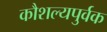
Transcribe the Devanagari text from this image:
कौशल्यपुर्वक